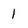
Character: 1